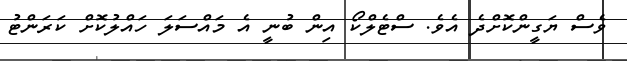
ވެސް ޔަގީންކޮށްދެ އެވެ. ސްޓެލްކޯ އިން ބުނީ އެ މައްސަލަ ހައްލުކޮށް ކަރަންޓު